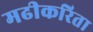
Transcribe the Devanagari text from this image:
मढीकरिता